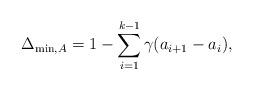
LaTeX: \begin{align*} \Delta_{\min, A} = 1 - \sum \limits_{i=1}^{k-1} \gamma(a_{i+1} - a_{i}),\end{align*}